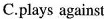
C.plays against